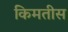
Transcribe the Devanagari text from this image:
किमतीस